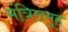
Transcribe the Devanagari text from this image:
मंत्रिसमूह